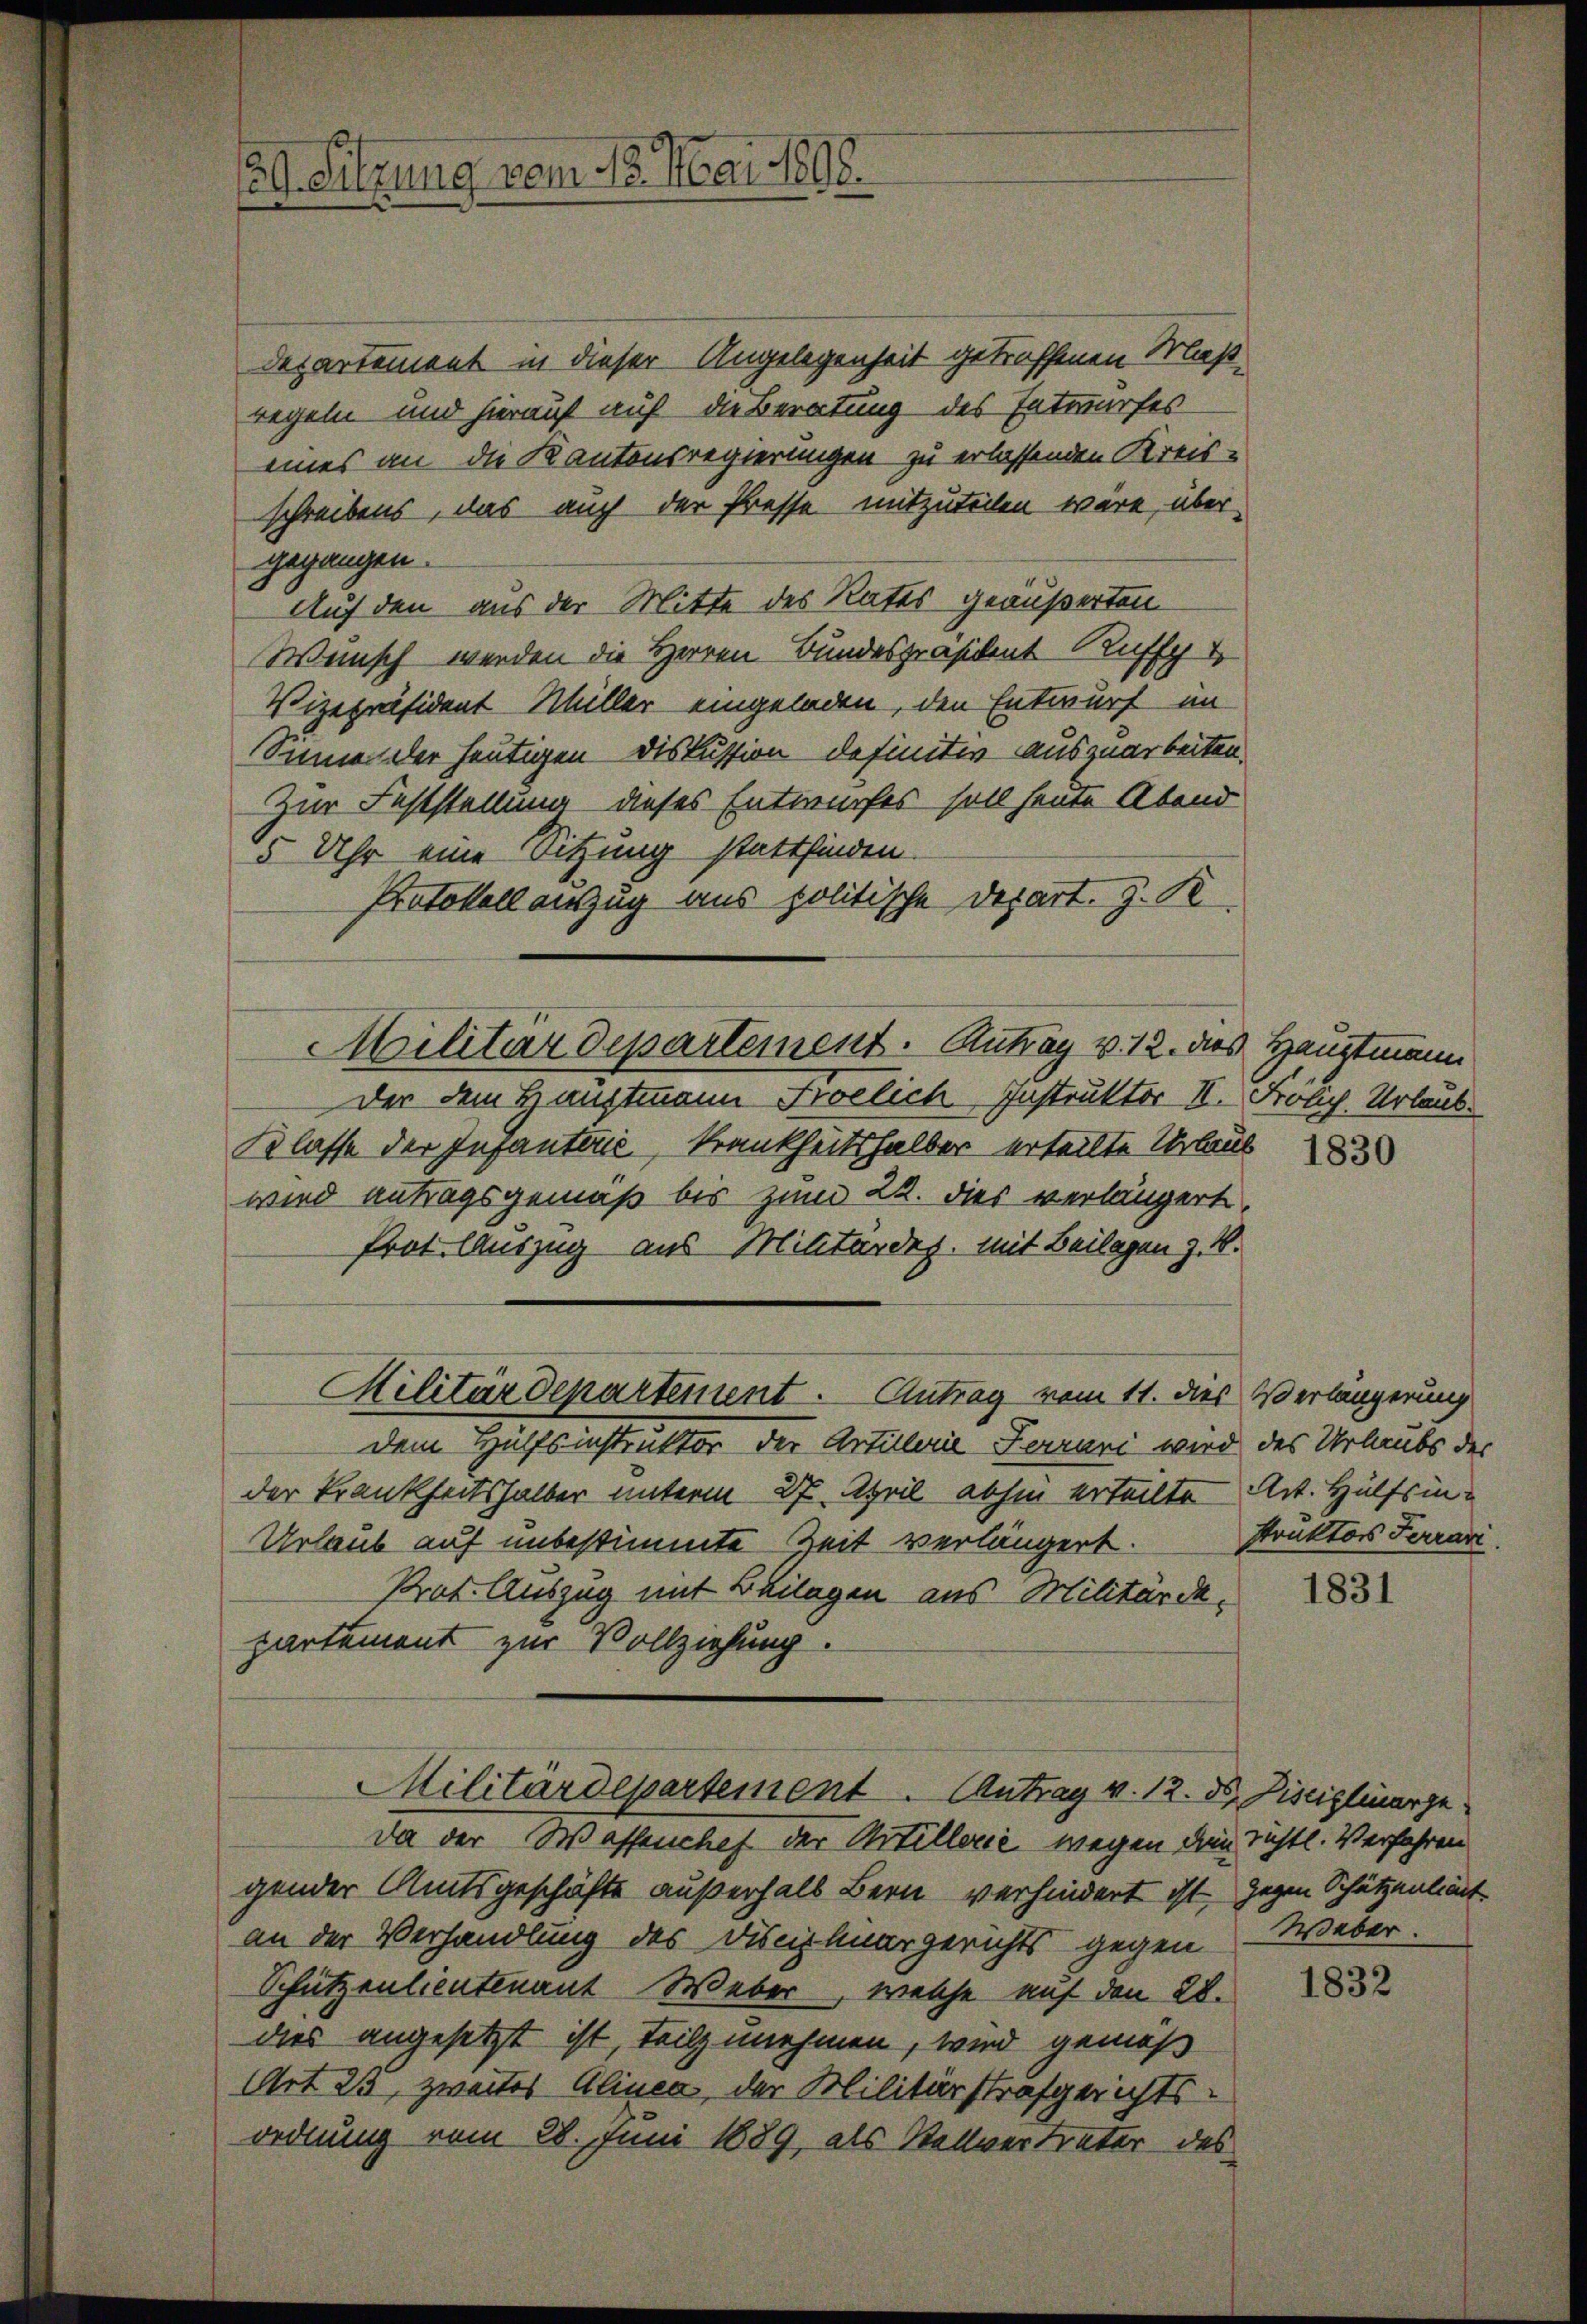
29. Sitzung vom 13. Mai 1898.

Departement in dieser Angelegenheit getroffenen Maßregeln und hierauf auf die Beratung des Entwurfes
eines an die Kantonsregierungen zu erlassenden Kreis-
schreibens, das auch der Presse mitzuteilen wäre, über
gegangen.
Auf den aus der Mitte des Rates geäußerten
Wunsch werden die Herren Bundespräsident Kuffg
Vizepräsident Müller eingeladen, den Entwurf im
Sinne der heutigen Diskussion definitiv auszuarbeiten.
Zur Feststellung dieses Entwurfes soll heute Abend
15 Uhr eine Sitzung stattfinden.
Protokoll auszug aus politische Depart. 3. K
der dem Hauptmann Froelich, Instruktor II. Frölich, Urlaub¬
Klasse der Infantenz, Krankheitshalber erteilte Urlaub
wird antragsgemäß bis zum 22. dies verlängert,
Prot. Auszug aus Militärdep. mit Beilagen z. B.
Militärdepartement. Antrag vom 11. dies Verlängerung
dem Hülfsinstruktor der Artillerie Ferrari wird des Urlaubs des
der Trankheitshalber unterm 27. April abhin erteilte Art. Hülfsin¬
Urlaub auf unbestimmte Zeit verlängert.
Prat. Auszug mit Beilagen aus Militärdepartement zur Vollziehung.

Militärdepartement. Antrag v. 12. des Hauptmann

Militärdepartement. Antrag v. 12. ds. Disciplinarge
Da der Wassenchef der Artillerić wegen dein richtl. Verfahren

gender Amtsgeschäfts außerhalb Bern verhindert ist, gegen Schützentiert
an der Verhandlung des Disciplinargerichts gegen
Schützenlientenant Weber, welche auf den 28.
dies angesetzt ist teilzunehmen, wird gemäß
Art. 25, zweites Alinea, der Militärstrafgerichtsordnung vom 28. Juni 1889, als Stellvertreter des

1830

struktors Ferrari.

1831

Weber.

1832